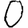
Digit: 0